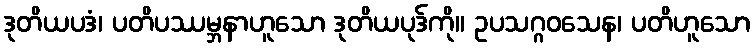
ဒုတိယပဒံ၊ ပတိပဿမ္ဘနာဟူသော ဒုတိယပုဒ်ကို။ ဥပသဂ္ဂဝသေန၊ ပတိဟူသော